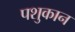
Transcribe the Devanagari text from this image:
पशुकान